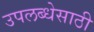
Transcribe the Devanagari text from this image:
उपलब्धेसाठी